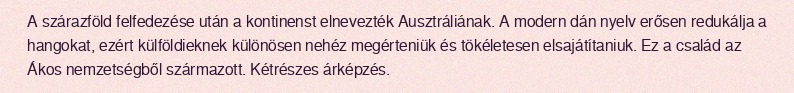
A szárazföld felfedezése után a kontinenst elnevezték Ausztráliának. A modern dán nyelv erősen redukálja a hangokat, ezért külföldieknek különösen nehéz megérteniük és tökéletesen elsajátítaniuk. Ez a család az Ákos nemzetségből származott. Kétrészes árképzés.